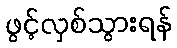
ဖွင့်လှစ်သွားရန်